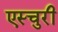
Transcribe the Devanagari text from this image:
एस्चुरी